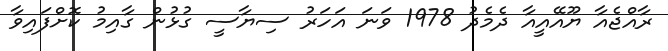
ރާއްޖެއާ ޔޫއޭއީއާ ދެމެދު 1978 ވަނަ އަހަރު ސިޔާސީ ގުޅުން ގާއިމު ކޮށްފައިވާ